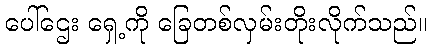
ပေါ်ဌေး ရှေ့ကို ခြေတစ်လှမ်းတိုးလိုက်သည်။